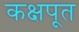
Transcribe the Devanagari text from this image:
कक्षपूत